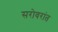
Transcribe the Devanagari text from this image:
सरोवरांत